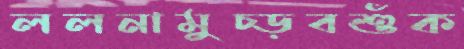
ললনামুচ্‌ড়বশুঁক